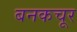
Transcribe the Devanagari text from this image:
बनकचूर